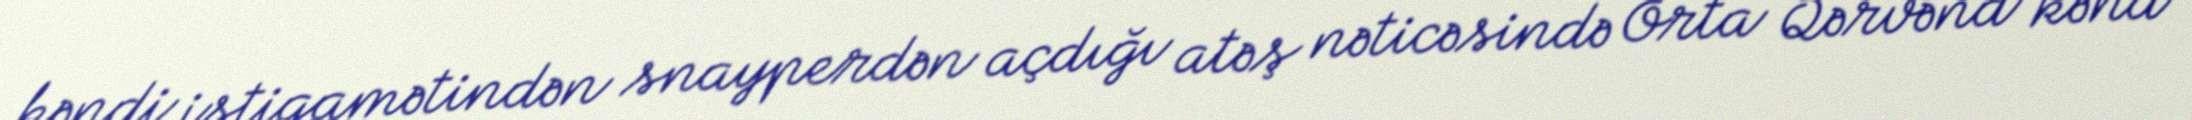
kəndi istiqamətindən snayperdən açdığı atəş nəticəsində Orta Qərvənd kənd